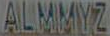
ALMMYZ